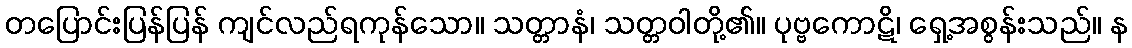
တပြောင်းပြန်ပြန် ကျင်လည်ရကုန်သော။ သတ္တာနံ၊ သတ္တဝါတို့၏။ ပုဗ္ဗကောဋိ၊ ရှေ့အစွန်းသည်။ န